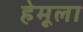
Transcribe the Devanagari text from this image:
हेमूला